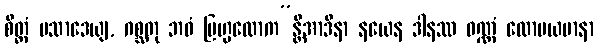
စိတ္တံ ပသာဒေယျ, ဂစ္ဆတု ဘဝံ ဗြဟ္မလောက”န္တိအာဒိနာ နယေန ဒါနဿ ဝဏ္ဏံ ထောမယမာနာ